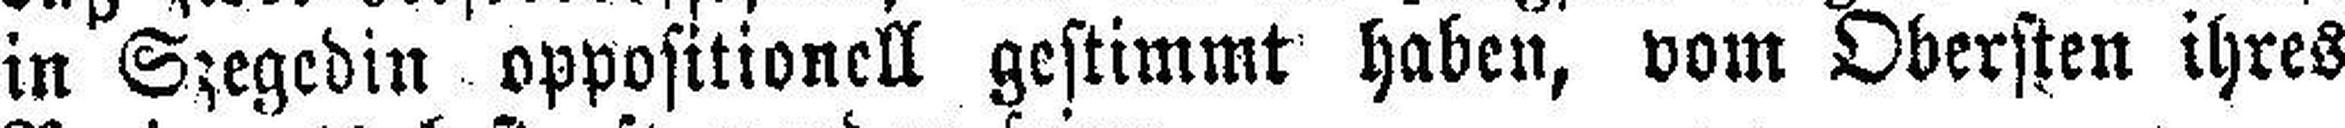
in Szegedin oppositionell gestimmt haben, vom Obersten ihres